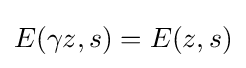
E(\gamma z,s)=E(z,s)